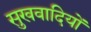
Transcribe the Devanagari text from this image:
सुखवादियों